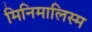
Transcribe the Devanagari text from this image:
मिनिमालिस्म